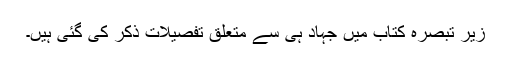
زیرِ تبصرہ کتاب میں جہاد ہی سے متعلق تفصیلات ذکر کی گئی ہیں۔